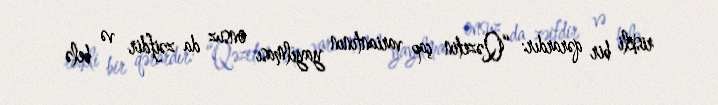
riskli bir qərardır: “Qəzetin çap variantının yayılması onsuz da zəifdir və belə